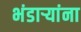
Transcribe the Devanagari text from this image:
भंडाऱ्यांना